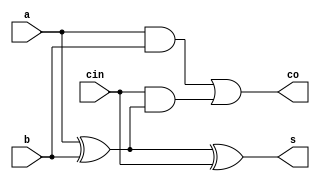
//Designed by Pavan V L
module fa(a,b,cin,s,co);
input a,b,cin;
output s,co;

assign s=a^b^cin; // Sum
assign co=(a&b)|(cin&(a^b)); //Carry out

endmodule